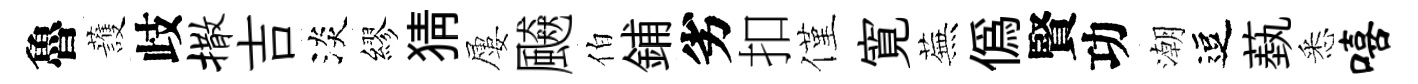
魯䕶歧撒吉淡繆猜屢飇伯鋪劣扣僅寛蕪偽賢功潮逗蓺悉嘻